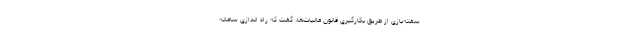
سفته‌بازی از طریق بکارگیری قانون مالیات‌ها، گفت که راه اندازی سامانه